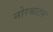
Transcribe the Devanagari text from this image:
नोरबाटन